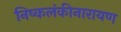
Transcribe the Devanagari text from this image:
निष्कलंकीनारायण